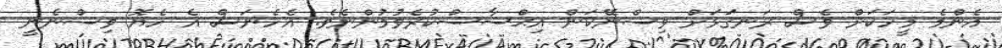
އެންމެ މީހަކަށް ވެސް ރަނގަޅަށް ވިސްނޭކަން އިޙްސާސްކުރެވުމުންނެވެ. އެހެނަސް އެ ހެޔޮ ވިސްނެނީ